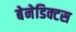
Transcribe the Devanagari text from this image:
बेनेडिक्टस